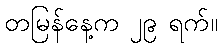
တမြန်နေ့က ၂၉ ရက်။